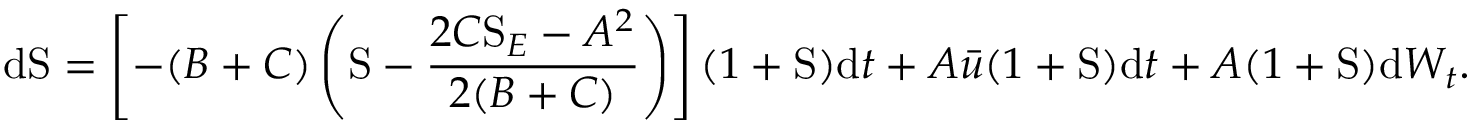
\mathrm { d } \mathrm { S } = \left[ - ( B + C ) \left( \mathrm { S } - \frac { 2 C \mathrm { S } _ { E } - A ^ { 2 } } { 2 ( B + C ) } \right) \right] ( 1 + \mathrm { S } ) \mathrm { d } t + A \bar { u } ( 1 + \mathrm { S } ) \mathrm { d } t + A ( 1 + \mathrm { S } ) \mathrm { d } W _ { t } .